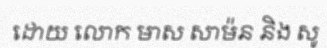
ដោយ លោក មាស សាម៉ន និង សូ